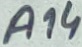
Text: A14